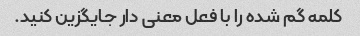
کلمه گم شده را با فعل معنی دار جایگزین کنید.